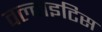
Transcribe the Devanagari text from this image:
वल्वाइटिस